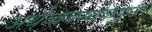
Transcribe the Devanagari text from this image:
अर्थव्यवस्थेकडून